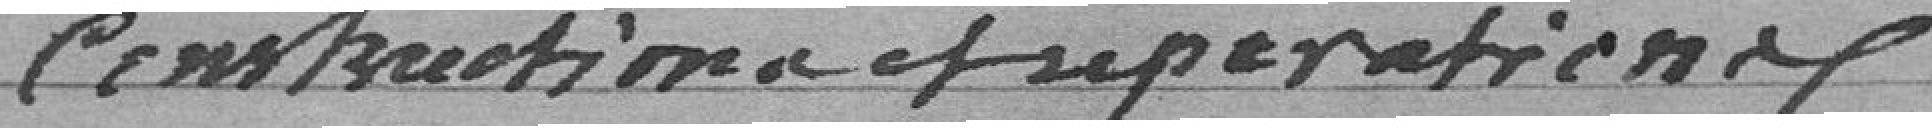
Construction et réparations